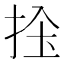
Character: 𢬝